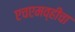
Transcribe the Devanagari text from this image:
एचएमव्हीचा